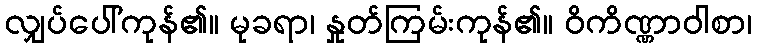
လျှပ်ပေါ်ကုန်၏။ မုခရာ၊ နှုတ်ကြမ်းကုန်၏။ ဝိကိဏ္ဏာဝါစာ၊